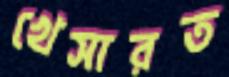
খেসারত